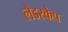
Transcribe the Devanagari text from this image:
लैडस्केप